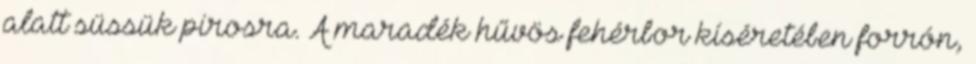
alatt süssük pirosra. A maradék hűvös fehérbor kíséretében forrón,